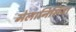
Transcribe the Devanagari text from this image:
मेलानिसिया